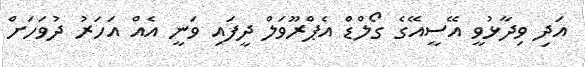
އަދި ވިދާޅުވީ އޭސީއޭގެ ގޯލްޑް އެޕްރޫވަލް ދީފައި ވަނީ އެއް އަހަރު ދުވަހަށް